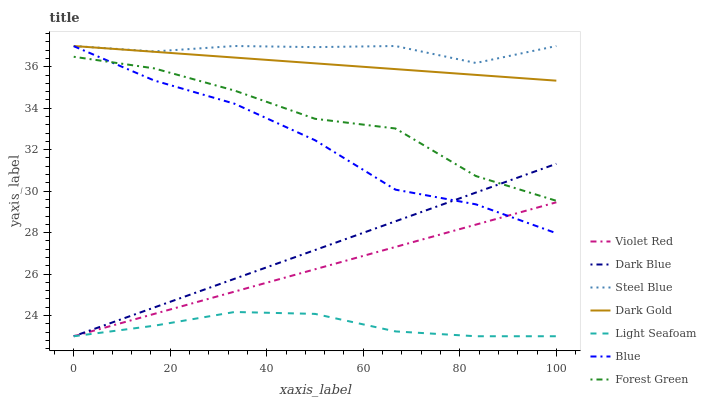
| xaxis_label | Violet Red | Dark Blue | Steel Blue | Dark Gold | Light Seafoam | Blue | Forest Green |
 | --- | --- | --- | --- | --- | --- | --- | --- |
 | 0 | 23 | 23 | 37 | 37 | 23 | 37 | 36.5 |
 | 16.7 | 24.1 | 24.4 | 36.7 | 36.7 | 23.5 | 35.3 | 35.9 |
 | 33.3 | 25.2 | 25.8 | 37 | 36.4 | 24.2 | 34.2 | 34.9 |
 | 50 | 26.2 | 27.2 | 36.9 | 36.2 | 24.1 | 32.5 | 33.5 |
 | 66.7 | 27.3 | 28.5 | 37 | 35.9 | 23.2 | 30.1 | 33 |
 | 83.3 | 28.4 | 29.9 | 36.2 | 35.6 | 23 | 29.4 | 30.7 |
 | 100 | 29.5 | 31.3 | 37 | 35.3 | 23 | 28 | 29.5 |